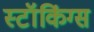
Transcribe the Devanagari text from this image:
स्टॉकिंग्स